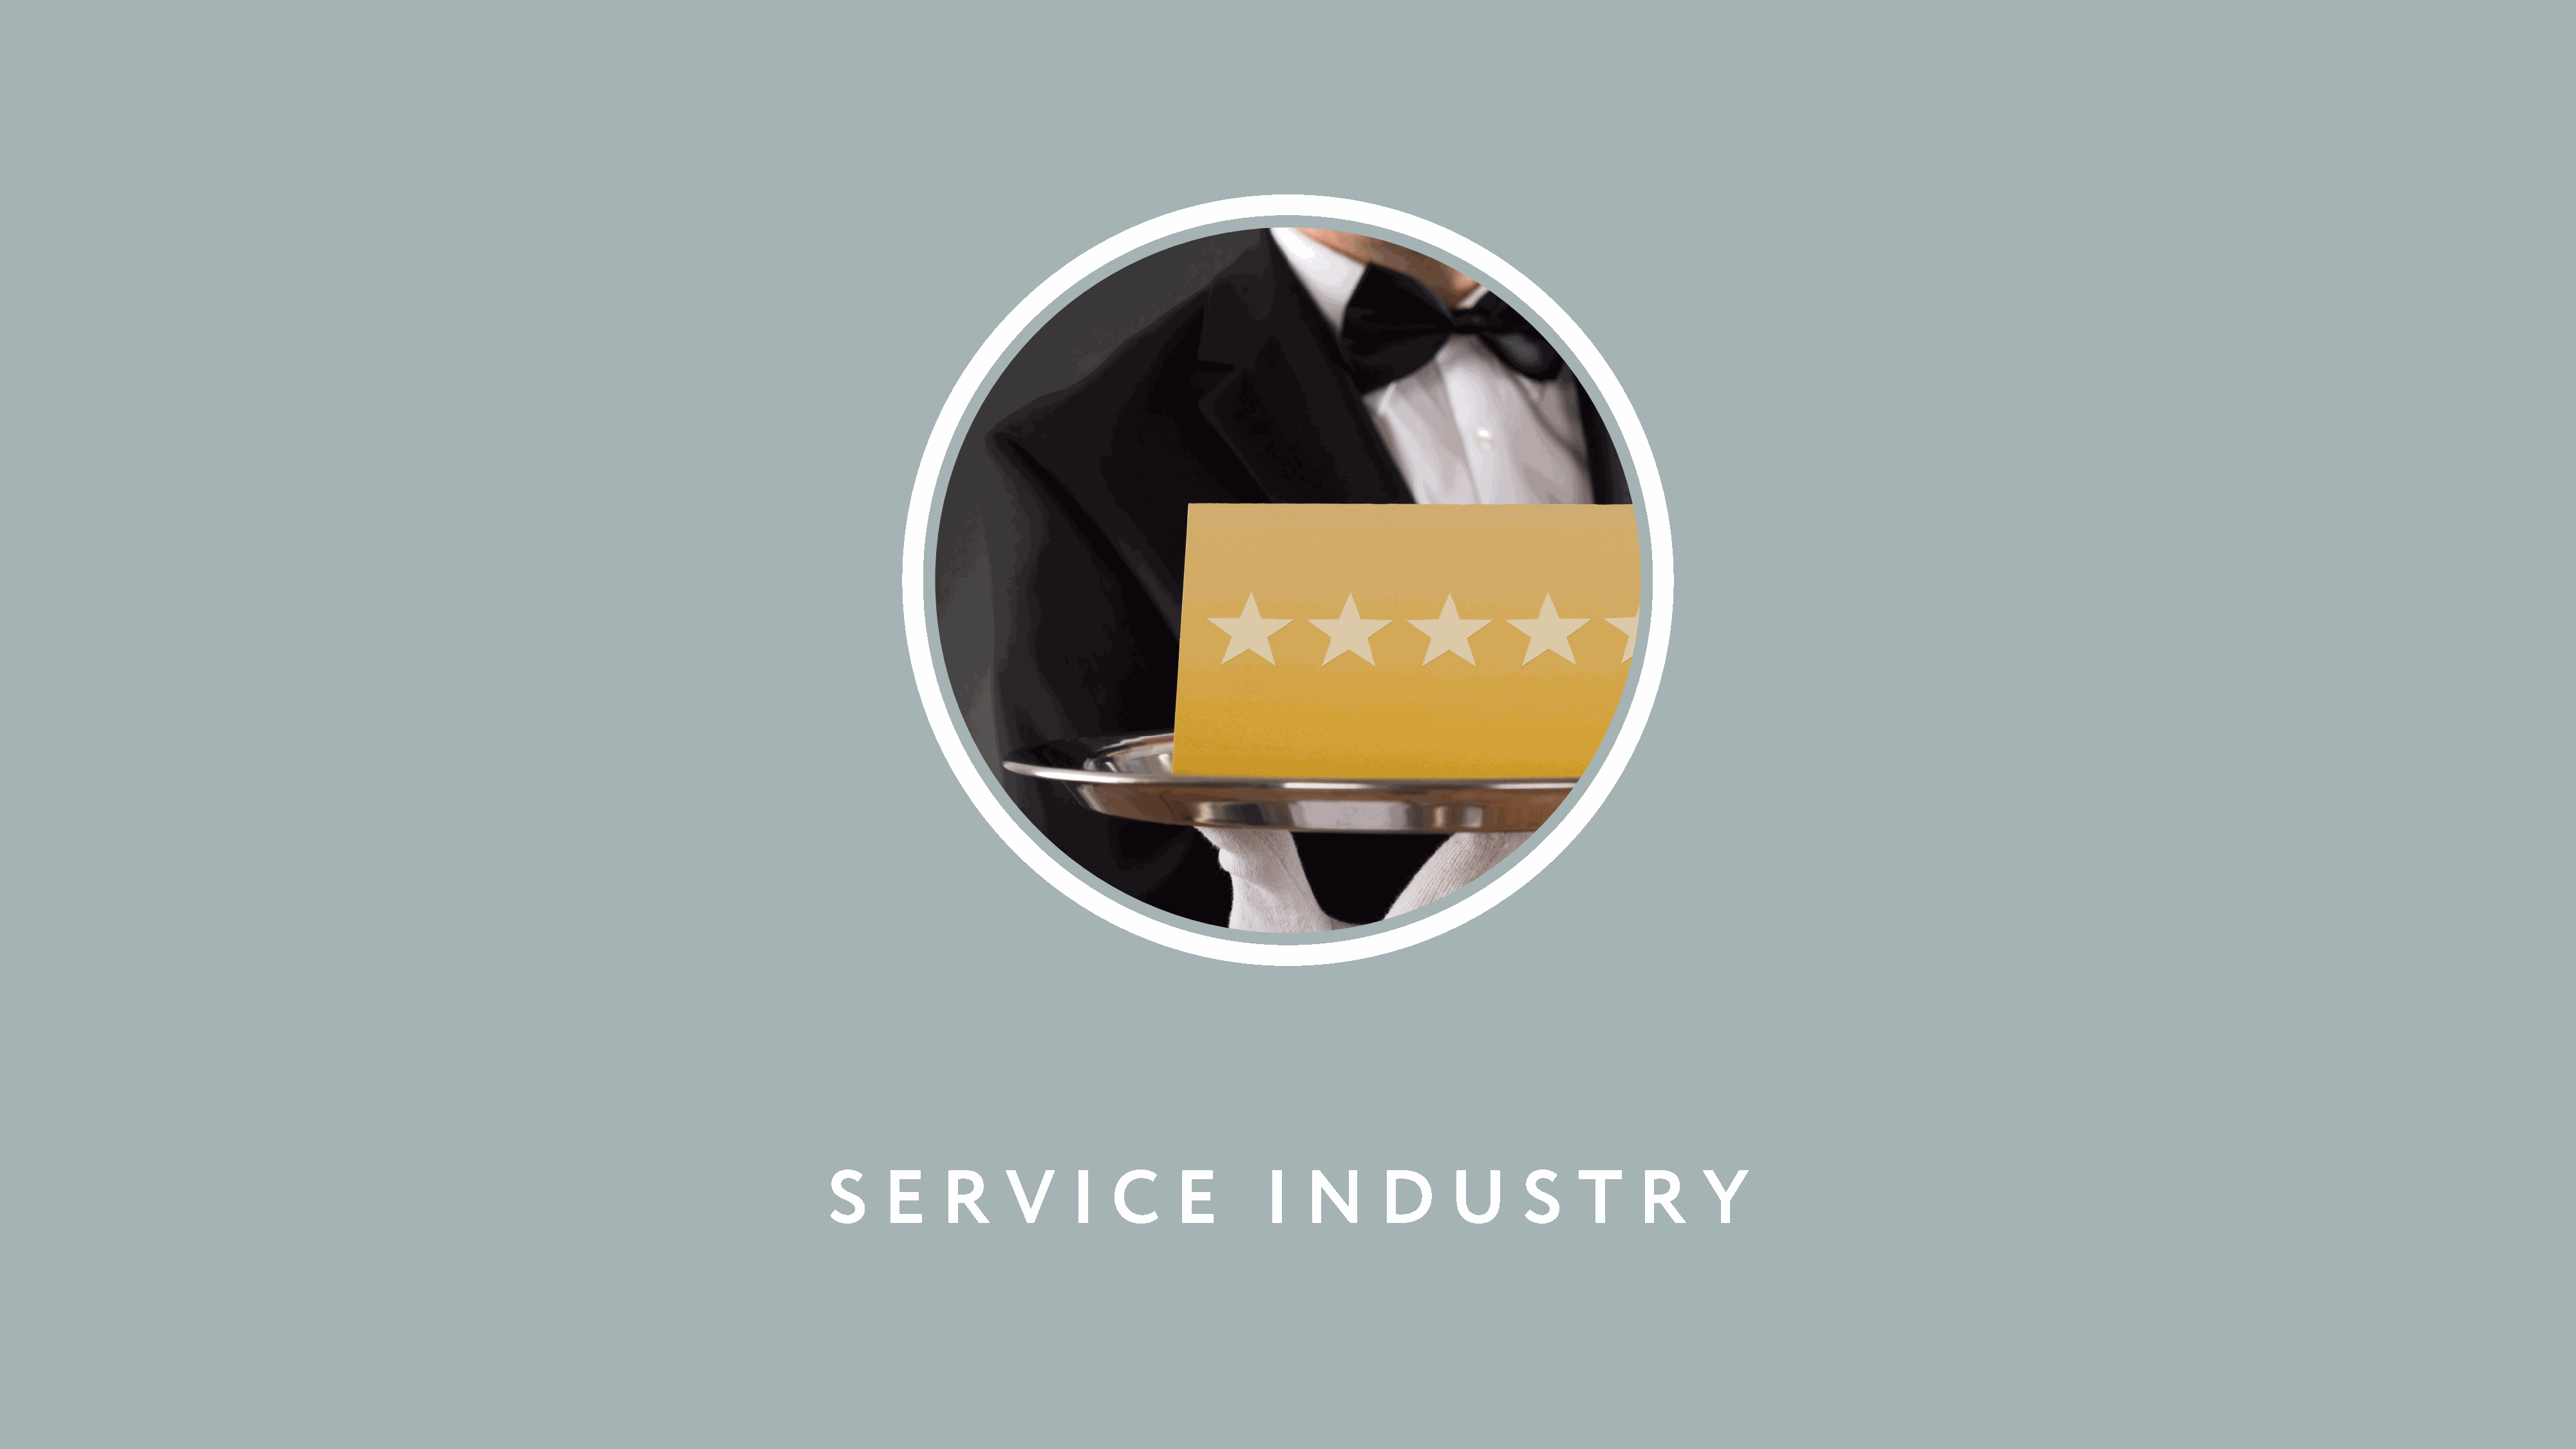
S     E     R     V      I   C      E        I   N       D      U      S     T     R      Y